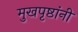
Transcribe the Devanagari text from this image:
मुखपृष्ठांनी